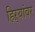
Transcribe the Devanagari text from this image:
हिऱ्यांवर